Piroplasma canis and its life cycle in the tick - Number 29
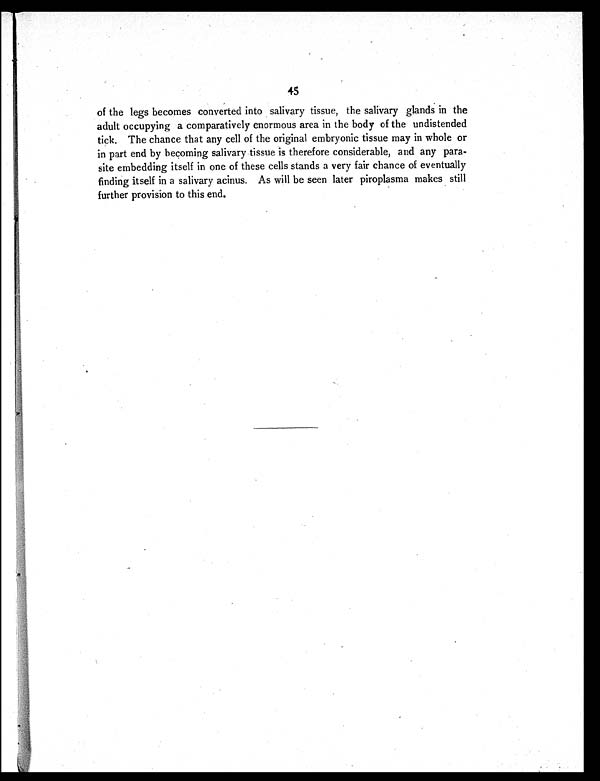
45
of the legs becomes converted into salivary tissue, the salivary glands in the
adult occupying a comparatively enormous area in the body of the undistended
tick. The chance that any cell of the original embryonic tissue may in whole or
in part end by becoming salivary tissue is therefore considerable, and any para-
site embedding itself in one of these cells stands a very fair chance of eventually
finding itself in a salivary acinus. As will be seen later piroplasma makes still
further provision to this end.